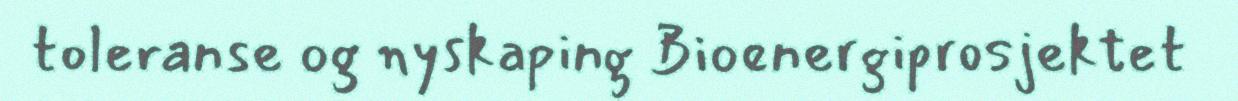
toleranse og nyskaping Bioenergiprosjektet